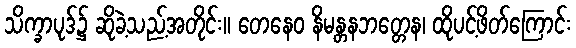
သိက္ခာပုဒ်၌ ဆိုခဲ့သည့်အတိုင်း။ တေနေဝ နိမန္တနဘတ္တေန၊ ထိုပင့်ဖိတ်ကြောင်း